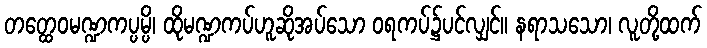
တတ္ထေဝမဏ္ဍကပ္ပမ္ပိ၊ ထိုမဏ္ဍကပ်ဟူဆိုအပ်သော ဝရကပ်၌ပင်လျှင်။ နရာသသော၊ လူတို့ထက်